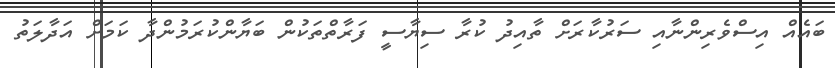
ބައެއް އިސްވެރިންނާއި ސަރުކާރަށް ތާއިދު ކުރާ ސިޔާސީ ފަރާތްތަކުން ބަޔާންކުރަމުންދާ ކަމަށް އަދާލަތު